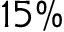
1 5 \%